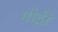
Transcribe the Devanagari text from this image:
गोद्री